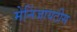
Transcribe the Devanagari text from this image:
मेनिंजायटीस